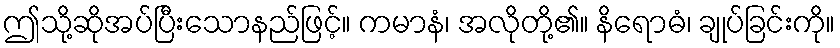
ဤသို့ဆိုအပ်ပြီးသောနည်ဖြင့်။ ကမာနံ၊ အလိုတို့၏။ နိရောဓံ၊ ချုပ်ခြင်းကို။